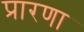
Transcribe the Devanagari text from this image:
प्रारणा